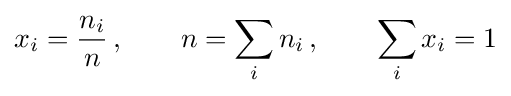
x_{i}={\frac {n_{i}}{n}}\,,\qquad n=\sum _{i}n_{i}\,,\qquad \sum _{i}x_{i}=1